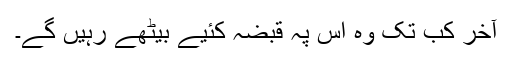
آخر کب تک وہ اس پہ قبضہ کئیے بیٹھے رہیں گے۔